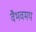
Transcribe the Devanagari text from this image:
वैभवमय